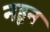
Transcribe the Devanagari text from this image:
नहून